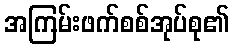
အကြမ်းဖက်စစ်အုပ်စု၏